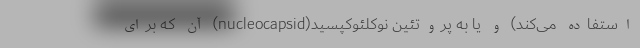
استفاده می‌کند) و یا به پروتئین نوکلئوکپسید(nucleocapsid) آن که برای